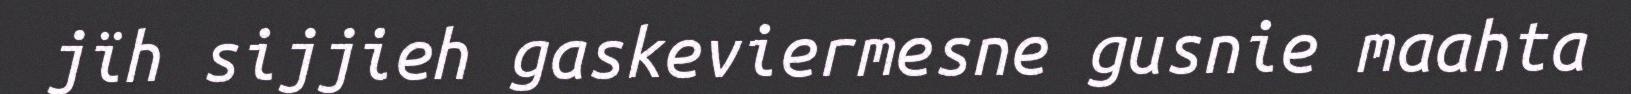
jïh sijjieh gaskeviermesne gusnie maahta